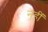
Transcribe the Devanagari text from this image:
नहीं